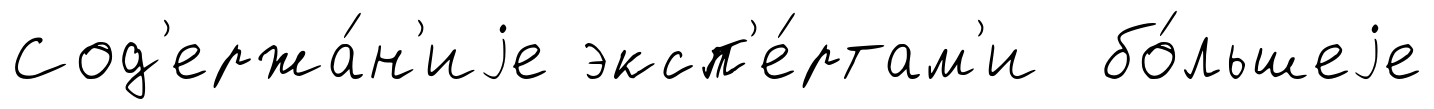
Сод'ержа́н'иjе эксп'е́ртам'и бо́льшеjе